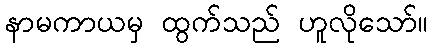
နာမကာယမှ ထွက်သည် ဟူလိုသော်။